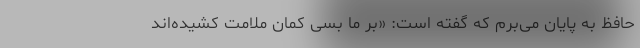
حافظ به پایان می‌برم که گفته است: «بر ما بسی کمان ملامت کشیده‌اند